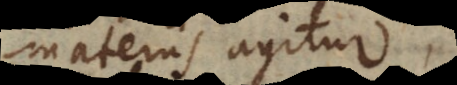
materiis agitur,